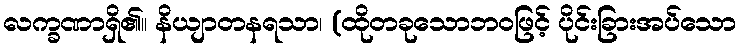
လက္ခဏာရှိ၏။ နိယျာတနရသာ၊ (ထိုတခုသောဘဝဖြင့် ပိုင်းခြားအပ်သော